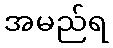
အမည်ရ